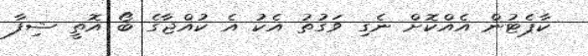
ކާޕެޓުން އެއްކޮށް ނެގި ވަގުތު އެކު އެ ކުއްޖާގެ ބޯ އޮތީ ޝިފާ